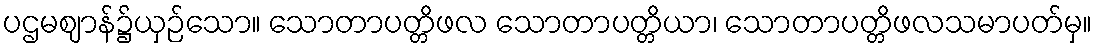
ပဌမဈာန်၌ယှဉ်သော။ သောတာပတ္တိဖလ သောတာပတ္တိယာ၊ သောတာပတ္တိဖလသမာပတ်မှ။